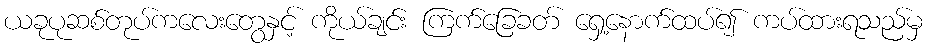
ယခုပုဆစ်တုပ်ကလေးတွေနှင့် ကိုယ်ချင်း ကြက်ခြေခတ် ရှေ့နောက်ထပ်၍ ကပ်ထားရသည်မှ